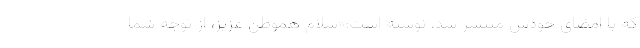
که با امضای خودش منتشر شد، نوشته است:«سلام هموطن عزیز، از توجه شما